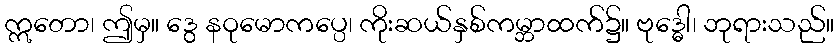
ဣတော၊ ဤမှ။ ဒွေ နဝုမောကပ္ပေ၊ ကိုးဆယ်နှစ်ကမ္ဘာထက်၌။ ဗုဒ္ဓေါ၊ ဘုရားသည်။